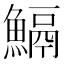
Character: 𩹺